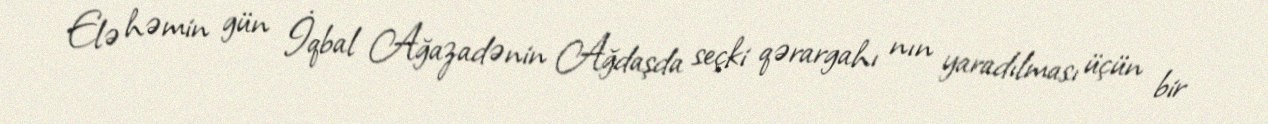
Elə həmin gün İqbal Ağazadənin Ağdaşda seçki qərargahı nın yaradılması üçün bir